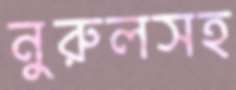
নুরুলসহ